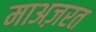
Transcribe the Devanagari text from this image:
माअज़रत